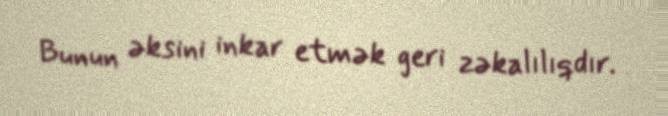
Bunun əksini inkar etmək geri zəkalılıqdır.